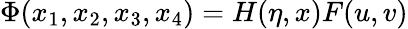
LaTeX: \Phi(x_{1},x_{2},x_{3},x_{4})=H(\eta,x)F(u,v)